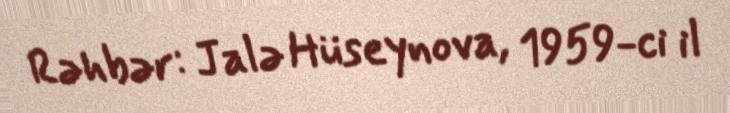
Rəhbər: Jalə Hüseynova, 1959-ci il